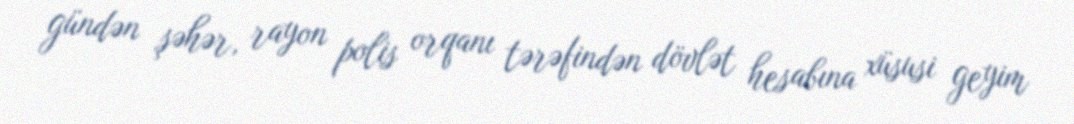
gündən şəhər, rayon polis orqanı tərəfindən dövlət hesabına xüsusi geyim